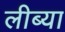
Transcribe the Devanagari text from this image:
लीब्या